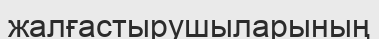
жалғастырушыларының